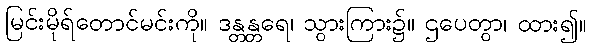
မြင်းမိုရ်တောင်မင်းကို။ ဒန္တန္တရေ၊ သွားကြား၌။ ဌပေတွာ၊ ထား၍။